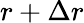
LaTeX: r+\Delta r